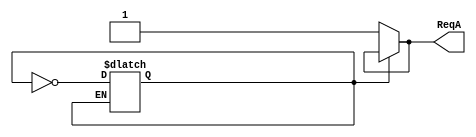
`timescale 1ns / 10ps
//////////////////////////////////////////////////////////////////////////////////
// Company: 
// Engineer: 
// 
// Design Name: 
// Module Name: ReqA
// Project Name: 
// Target Devices: 
// Tool Versions: 
// Description: 
// 
// Dependencies: 
// 
// Revision:
// Revision 0.01 - File Created
// Additional Comments:
// 
//////////////////////////////////////////////////////////////////////////////////


module ReqA (

	output reg ReqA

);

reg delayFLAG = 0;
parameter delayTime = 10;

initial ReqA = 0;


always @(*) 
//always
begin
	if (!delayFLAG) 
	begin
		
		#delayTime;
		delayFLAG = ~delayFLAG;
		ReqA = 1;
		
	end

	else 
	begin

		#55  ReqA = ~ReqA;
		#240 ReqA = ~ReqA;
		
	end
end

endmodule